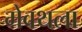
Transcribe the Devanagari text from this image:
मेवथला